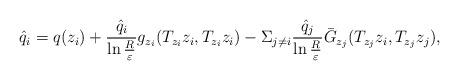
LaTeX: \begin{align*}\hat{q}_i=q(z_i)+\frac{\hat{q}_i}{\ln\frac{R}{\varepsilon}}g_{z_i}(T_{z_i}z_i, T_{z_i}z_i)-\Sigma_{j\neq i}\frac{\hat{q}_j}{\ln\frac{R}{\varepsilon}}\bar{G}_{z_j}(T_{z_j}z_i, T_{z_j}z_j),\end{align*}